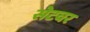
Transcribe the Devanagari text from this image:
सेटवर